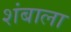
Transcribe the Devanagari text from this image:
शंबाला